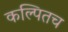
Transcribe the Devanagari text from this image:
कल्पितच